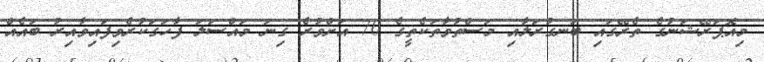
މިއޮޕަރޭޝަނުގެ ތެރޭގައި ބަނގުރަލާއި މަސްތުވާތަކެތީގެ 70 އަށްވުރެ ގިނަ މައްސަލަ ފާހަގަކުރެވިފައިވާއިރު ބައެއް